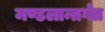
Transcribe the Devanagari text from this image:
मण्डलान्तर्गत